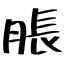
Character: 脹